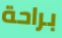
براحة